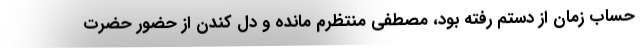
حساب زمان از دستم رفته بود، مصطفی منتظرم مانده و دل کندن از حضور حضرت